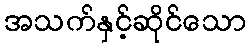
အသက်နှင့်ဆိုင်သော